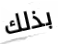
بذلك